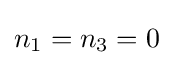
n_{1}=n_{3}=0